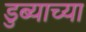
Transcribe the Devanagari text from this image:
डुब्याच्या